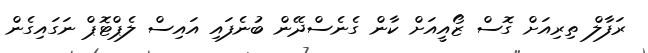
ރަފާލް ތިރިއަށް ގޮސް ޒޯއީއަށް ކާން ގެނެސްދޭން ބުނެފައި އައިސް ލެޕްޓޮޕް ނަގައިގެން